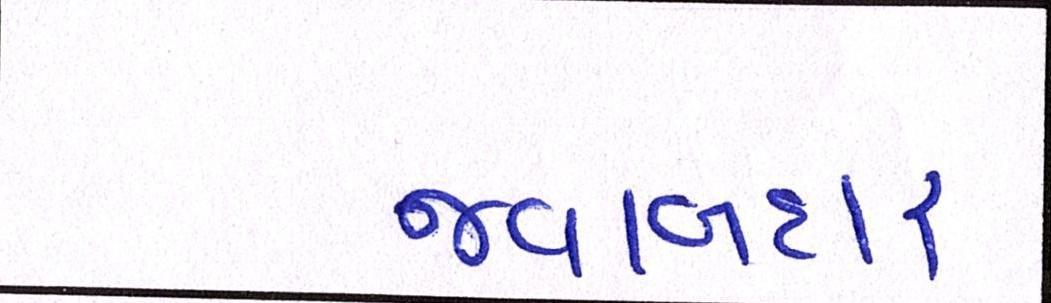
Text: જવાબદાર